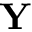
\mathbf { Y }